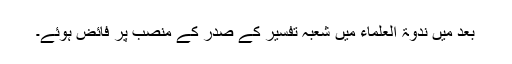
بعد میں ندوۃ العلماء میں شعبہ تفسیر کے صدر کے منصب پر فائض ہوئے۔